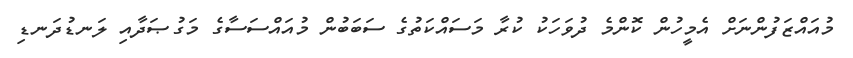
މުއައްޒަފުންނަށް އެމީހުން ކޮންމެ ދުވަހަކު ކުރާ މަސައްކަތުގެ ސަބަބުން މުއައްސަސާގެ މަގުޞަދާއި ލަނޑުދަނޑި